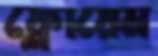
ফ্লোয়েম